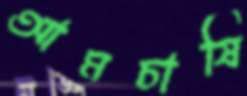
আমচাষি